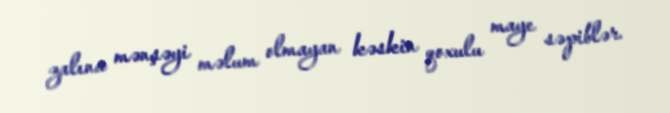
zalına mənşəyi məlum olmayan kəskin qoxulu maye səpiblər.